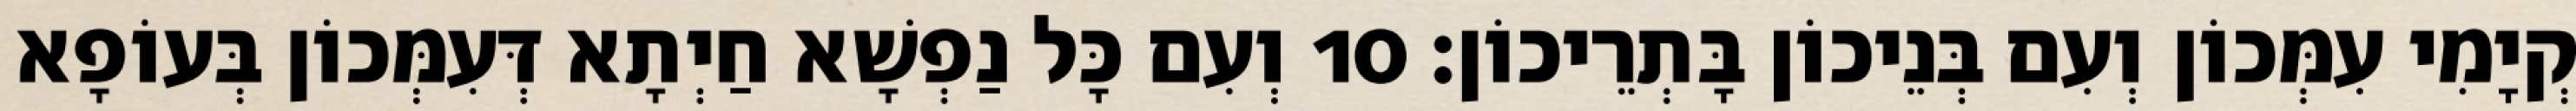
קְיָמִי עִמְּכוֹן וְעִם בְּנֵיכוֹן בָּתְרֵיכוֹן׃ 10 וְעִם כָּל נַפְשָׁא חַיְתָא דְּעִמְּכוֹן בְּעוֹפָא